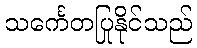
သင်္ကေတပြုနိုင်သည်